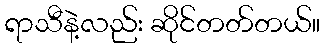
ရာသီနဲ့လည်း ဆိုင်တတ်တယ်။